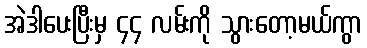
အဲဒါပေးပြီးမှ ၄၄ လမ်းကို သွားတော့မယ်ကွာ